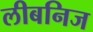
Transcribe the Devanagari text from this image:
लीबनिज